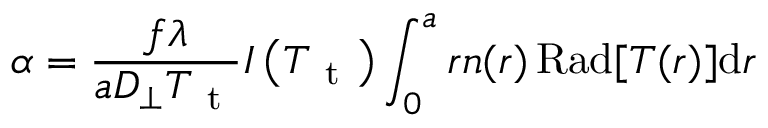
\alpha = \frac { f \lambda } { a D _ { \perp } T _ { \mathrm { ~ t ~ } } } I \left( T _ { \mathrm { ~ t ~ } } \right) \int _ { 0 } ^ { a } r n ( r ) \operatorname { R a d } [ T ( r ) ] \mathrm { d } r